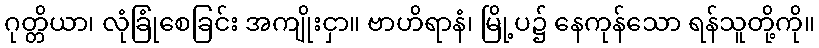
ဂုတ္တိယာ၊ လုံခြုံစေခြင်း အကျိုးငှာ။ ဗာဟိရာနံ၊ မြို့ပ၌ နေကုန်သော ရန်သူတို့ကို။